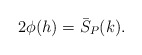
\begin{align*} \begin{aligned} 2\phi(h)=\bar{S}_P(k). \end{aligned} \end{align*}